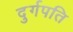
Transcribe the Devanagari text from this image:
दुर्गपति